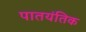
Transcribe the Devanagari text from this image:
पातयंतिक